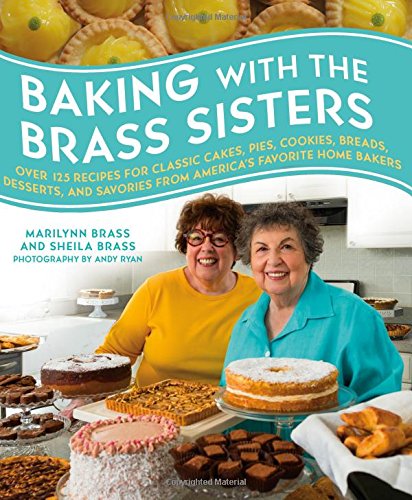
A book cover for Baking with the Brass Sisters: Over 125 Recipes for Classic Cakes, Pies, Cookies, Breads, Desserts, and Savories from America's Favorite Home Bakers; Marilynn Brass; Cookbooks, Food & Wine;